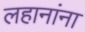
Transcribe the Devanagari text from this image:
लहानांना